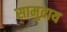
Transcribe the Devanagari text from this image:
सामुदाय